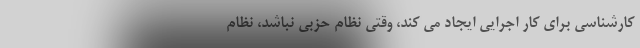
کارشناسی برای کار اجرایی ایجاد می کند، وقتی نظام حزبی نباشد، نظام